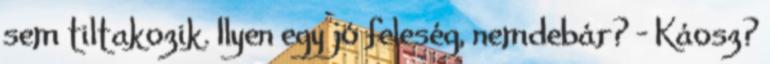
sem tiltakozik. Ilyen egy jó feleség, nemdebár? - Káosz?